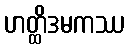
ဟတ္ထိဒမကဿ